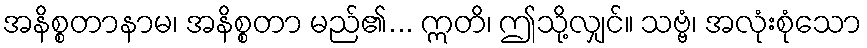
အနိစ္စတာနာမ၊ အနိစ္စတာ မည်၏... ဣတိ၊ ဤသို့လျှင်။ သဗ္ဗံ၊ အလုံးစုံသော